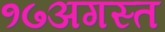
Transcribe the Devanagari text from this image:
१७अगस्त